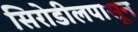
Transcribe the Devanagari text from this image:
सिरोडीलपासून